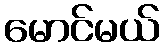
မောင်မယ်